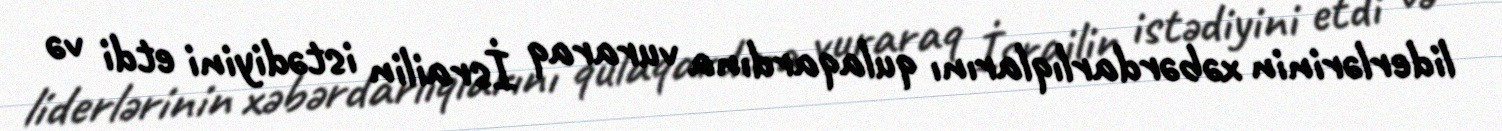
liderlərinin xəbərdarlıqlarını qulaqardına vuraraq İsrailin istədiyini etdi və